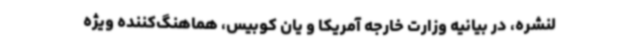
لنشره، در بیانیه وزارت خارجه آمریکا و یان کوبیس،‌ هماهنگ‌کننده ویژه